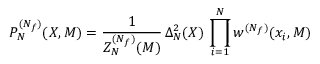
P _ { N } ^ { ( N _ { f } ) } ( X , M ) = \frac { 1 } { Z _ { N } ^ { ( N _ { f } ) } ( M ) } \, \Delta _ { N } ^ { 2 } ( X ) \, \prod _ { i = 1 } ^ { N } w ^ { ( N _ { f } ) } ( x _ { i } , M )